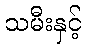
သမီးနှင့်